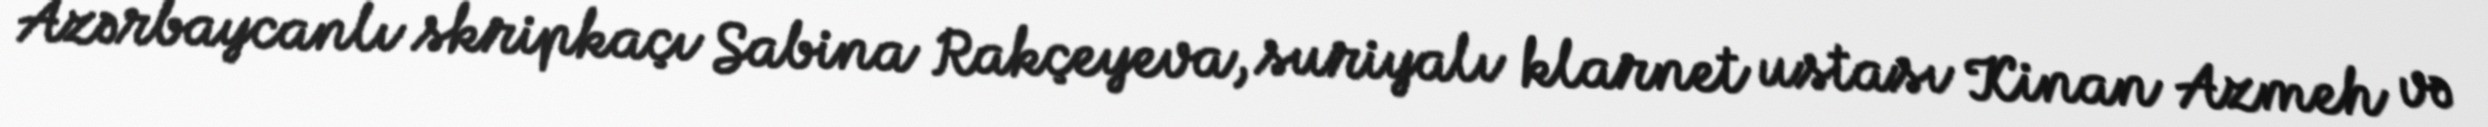
Azərbaycanlı skripkaçı Sabina Rakçeyeva, suriyalı klarnet ustası Kinan Azmeh və